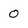
Character: 0